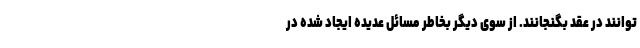
توانند در عقد بگنجانند. از سوی دیگر بخاطر مسائل عدیده ایجاد شده در